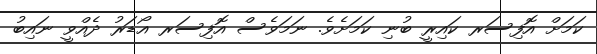
ކަަމަށް އޮފިސަރ ކައިރީ ބުނި ކަމަށެވެ. ނަމަވެސް އޮފިސަރ އޯޑަރު ދެއްވީ ނައިބު